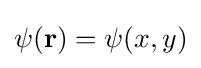
\psi (\mathbf {r} )=\psi (x,y)